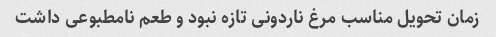
زمان تحویل مناسب مرغ ناردونی تازه نبود و طعم نامطبوعی داشت